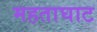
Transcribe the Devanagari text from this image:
महताघाट